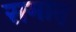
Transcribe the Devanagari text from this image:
रामात्